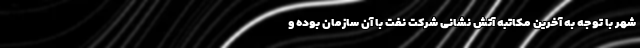
شهر با توجه به آخرین مکاتبه آتش نشانی شرکت نفت با آن سازمان بوده و